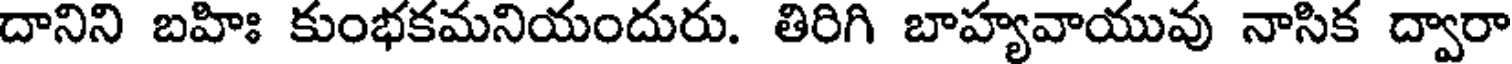
దానిని బహిః కుంభకమనియందురు. తిరిగి బాహ్యవాయువు నాసిక ద్వారా